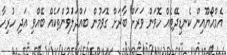
އެމްއޯޔޫއިން ކެނޑިދޭޓެއް ހޮވަން ވަރަށް ބާރަށް ގޮވަމުން ބައްދަލަުވުންތަކެއް ބޭއްވި އަދި ހުރިހާ